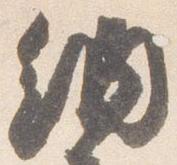
納